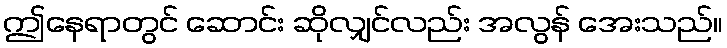
ဤနေရာတွင် ဆောင်း ဆိုလျှင်လည်း အလွန် အေးသည်။